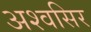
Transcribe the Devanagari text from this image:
अश्वसिर